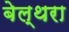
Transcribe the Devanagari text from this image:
बेल्‍थरा